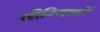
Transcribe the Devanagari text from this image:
सीरियकों